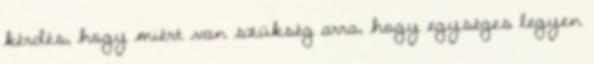
kérdés, hogy miért van szükség arra, hogy egységes legyen